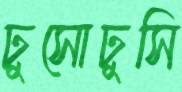
ঢুসোঢুসি